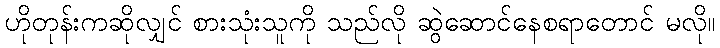
ဟိုတုန်းကဆိုလျှင် စားသုံးသူကို သည်လို ဆွဲဆောင်နေစရာတောင် မလို။